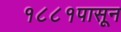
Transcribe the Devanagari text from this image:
१८८१पासून